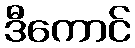
ဒီကောင်